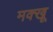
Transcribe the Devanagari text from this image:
मक्खू